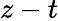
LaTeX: z-t